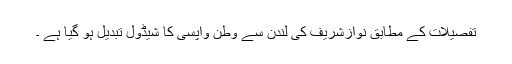
تفصیلات کے مطابق نوازشریف کی لندن سے وطن واپسی کا شیڈول تبدیل ہو گیا ہے ۔